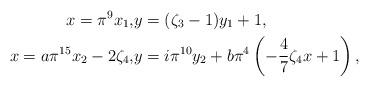
LaTeX: \begin{align*}x=\pi^9 x_1,&y=(\zeta_{3}-1)y_1+1,\\ x=a\pi^{15}x_2-2\zeta_4,&y=i\pi^{10}y_2+b\pi^4\left(-\frac{4}{7}\zeta_4x+1\right),\end{align*}